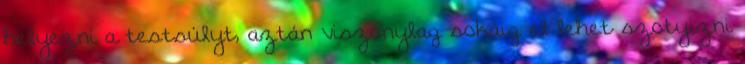
helyezni a testsúlyt, aztán viszonylag sokáig el lehet szotyizni